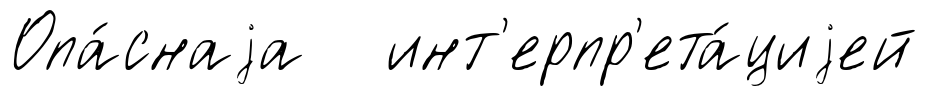
Опа́снаjа инт'ерпр'ета́циjей